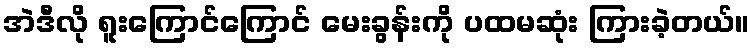
အဲဒီလို ရူးကြောင်ကြောင် မေးခွန်းကို ပထမဆုံး ကြားခဲ့တယ်။